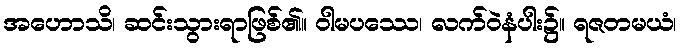
အဟောသိ၊ ဆင်းသွားရာဖြစ်၏။ ဝါမပဿေ၊ လက်ဝဲနံပါး၌။ ရဇတမယံ၊